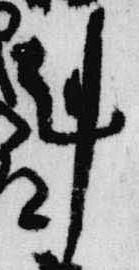
剋